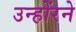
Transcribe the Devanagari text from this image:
उन्होंरने